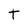
Character: t